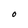
Character: O